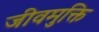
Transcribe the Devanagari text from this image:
जीवमुक्ति